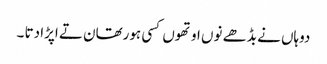
دوہاں نے بڈھے نوں اوتھوں کسی ہورتھان تے اپڑا دتا ۔